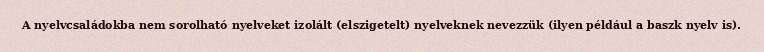
A nyelvcsaládokba nem sorolható nyelveket izolált (elszigetelt) nyelveknek nevezzük (ilyen például a baszk nyelv is).